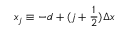
x _ { j } \equiv - d + ( j + \frac { 1 } { 2 } ) \Delta x